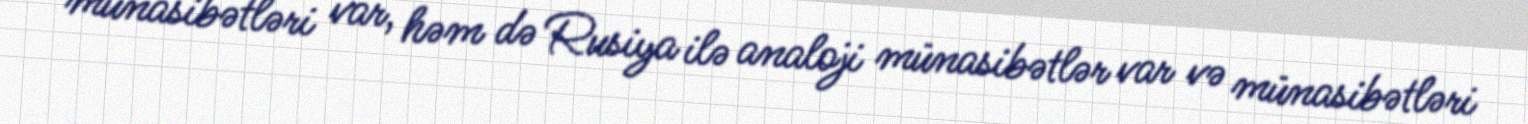
münasibətləri var, həm də Rusiya ilə analoji münasibətlər var və münasibətləri